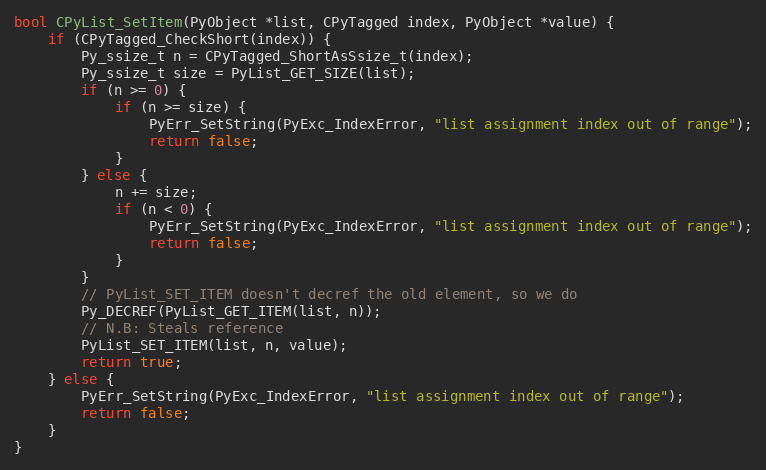
Language: C
bool CPyList_SetItem(PyObject *list, CPyTagged index, PyObject *value) {
    if (CPyTagged_CheckShort(index)) {
        Py_ssize_t n = CPyTagged_ShortAsSsize_t(index);
        Py_ssize_t size = PyList_GET_SIZE(list);
        if (n >= 0) {
            if (n >= size) {
                PyErr_SetString(PyExc_IndexError, "list assignment index out of range");
                return false;
            }
        } else {
            n += size;
            if (n < 0) {
                PyErr_SetString(PyExc_IndexError, "list assignment index out of range");
                return false;
            }
        }
        // PyList_SET_ITEM doesn't decref the old element, so we do
        Py_DECREF(PyList_GET_ITEM(list, n));
        // N.B: Steals reference
        PyList_SET_ITEM(list, n, value);
        return true;
    } else {
        PyErr_SetString(PyExc_IndexError, "list assignment index out of range");
        return false;
    }
}